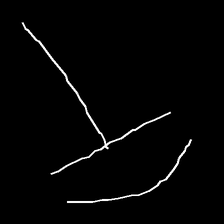
Glyph: dispersion